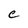
Character: e